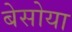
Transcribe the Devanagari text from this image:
बेसोया